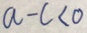
a - c < 0